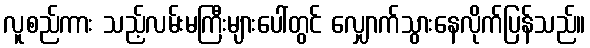
လူစည်ကား သည့်လမ်းမကြီးများပေါ်တွင် လျှောက်သွားနေလိုက်ပြန်သည်။